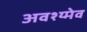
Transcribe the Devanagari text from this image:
अवश्य्मेव